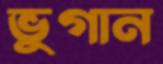
ভুগান